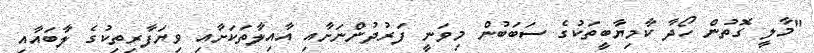
"މާލީ ގޮތުން ހޯދާ ކާމިޔާބީތަކުގެ ސަބަބުން މިވަނީ ފަރުދުންނަށާއި އާއިލާތަކަށާއި ވިޔަފާރިތިކުގެ ލާބައާއި